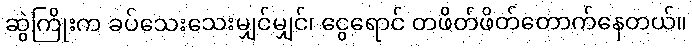
ဆွဲကြိုးက ခပ်သေးသေးမျှင်မျှင်၊ ငွေရောင် တဖိတ်ဖိတ်တောက်နေတယ်။